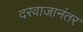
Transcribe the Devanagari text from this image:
दरवाजानंतर